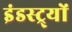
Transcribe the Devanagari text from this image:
इंडस्ट्र्यों